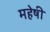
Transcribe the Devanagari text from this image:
महेषी